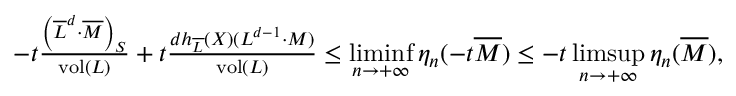
\begin{array} { r } { - t \frac { \left( \overline { { L } } ^ { d } \cdot \overline { { M } } \right) _ { S } } { \operatorname { v o l } ( L ) } + t \frac { d h _ { \overline { { L } } } ( X ) ( L ^ { d - 1 } \cdot M ) } { \operatorname { v o l } ( L ) } \leq \displaystyle \operatorname* { l i m i n f } _ { n \to + \infty } \eta _ { n } ( - t \overline { { M } } ) \leq - t \operatorname* { l i m s u p } _ { n \to + \infty } \eta _ { n } ( \overline { { M } } ) , } \end{array}